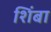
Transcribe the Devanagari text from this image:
शिंबा